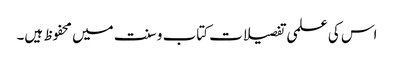
اس کی علمی تفصیلات کتاب و سنت میں محفوظ ہیں۔